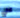
علي